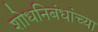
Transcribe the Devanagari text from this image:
शोधनिबंधांच्या